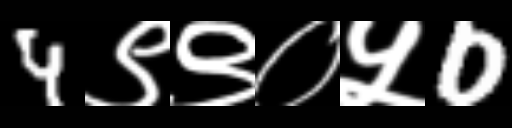
Text: 4९९०५0